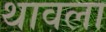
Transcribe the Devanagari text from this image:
थावला